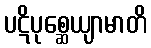
ပဋိပုစ္ဆေယျာမာတိ